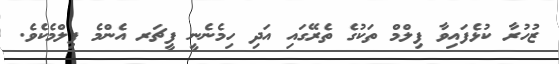
ޒުހުރާ ކުޅެފައިވާ ފިލްމް ތަކުގެ ތެރޭގައި އަދި ހިމެނެނީ ފީޗަރ އެންމެ ފިލްމެކެވެ.